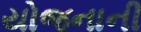
યોજનાની